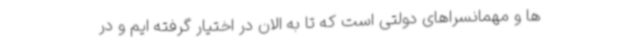
ها و مهمانسراهای دولتی است که تا به الان در اختیار گرفته ایم و در